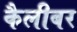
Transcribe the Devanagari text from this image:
कैलीबर